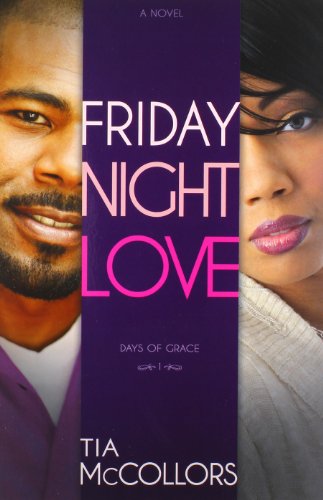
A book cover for Friday Night Love (Days Of Grace V1); Tia McCollors; Literature & Fiction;